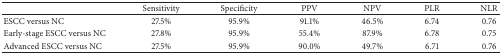
<table><thead><tr><td><b> </b></td><td><b>Sensitivity</b></td><td><b>Specificity</b></td><td><b>PPV</b></td><td><b>NPV</b></td><td><b>PLR</b></td><td><b>NLR</b></td></tr></thead><tbody><tr><td>ESCC versus NC</td><td>27.5%</td><td>95.9%</td><td>91.1%</td><td>46.5%</td><td>6.74</td><td>0.76</td></tr><tr><td>Early-stage ESCC versus NC</td><td>27.8%</td><td>95.9%</td><td>55.4%</td><td>87.9%</td><td>6.78</td><td>0.75</td></tr><tr><td>Advanced ESCC versus NC</td><td>27.5%</td><td>95.9%</td><td>90.0%</td><td>49.7%</td><td>6.71</td><td>0.76</td></tr></tbody></table>